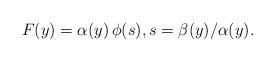
LaTeX: \begin{align*} F(y)=\alpha(y)\,\phi(s),s=\beta(y)/\alpha(y).\end{align*}